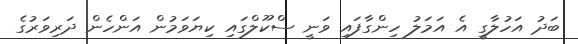
ބަދު އަހުލާގީ އެ އަމަލު ހިންގާފައި ވަނީ ސްކޫލްގައި ކިޔަވަމުން އަންހެން ދަރިވަރުގެ